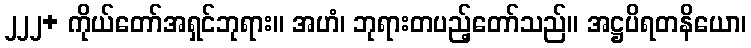
၂၂၂+ ကိုယ်တော်အရှင်ဘုရား။ အဟံ၊ ဘုရားတပည့်တော်သည်။ အဋ္ဌပိရတနိယော၊